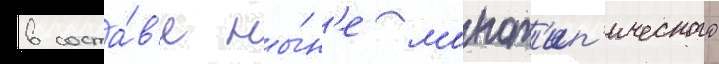
в соста́в'е ны́н'е монот'ип'ического